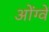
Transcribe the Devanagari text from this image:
ओंग्वें